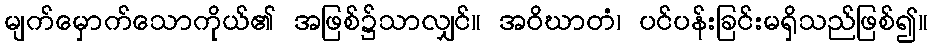
မျက်မှောက်သောကိုယ်၏ အဖြစ်၌သာလျှင်။ အဝိဃာတံ၊ ပင်ပန်းခြင်းမရှိသည်ဖြစ်၍။